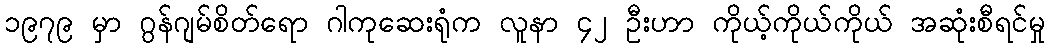
၁၉၇၉ မှာ ဂွန်ဂျမ်စိတ်ရော ဂါကုဆေးရုံက လူနာ ၄၂ ဦးဟာ ကိုယ့်ကိုယ်ကိုယ် အဆုံးစီရင်မှု